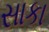
સાકા